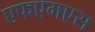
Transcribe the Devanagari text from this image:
एफएमएस